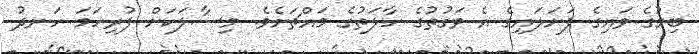
ބިމުގެ ވައިގެ ފަށަލައިގެ އެ ވަގުތުގެ ހާލަތުގެ މައްޗަށެވެ. މިސާލަކަށް ފުރިހަމަ ހަނދު